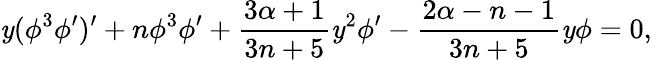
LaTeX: \mathit{y}(\phi^{3}\phi^{\prime})^{\prime}+n\phi^{3}\phi^{\prime}+\frac{{3\alpha+1}}{{3n+5}}\mathit{y}^{2}\phi^{\prime}-\frac{{2\alpha-n-1}}{{3n+5}}\mathit{y}\phi=0,